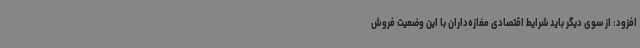
افزود: از سوی دیگر باید شرایط اقتصادی مغازه‌داران با این وضعیت فروش